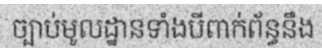
ច្បាប់មូលដ្ឋានទាំងបីពាក់ព័ន្ធនឹង